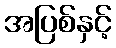
အပြစ်နှင့်